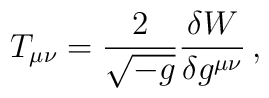
T_{\mu \nu }=\frac{2}{\sqrt{-g}}\frac{\delta W}{\delta g^{\mu \nu }}\, ,